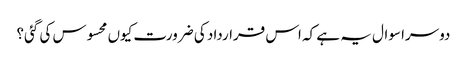
دوسرا سوال یہ ہے کہ اس قرارداد کی ضرورت کیوں محسوس کی گئی؟